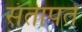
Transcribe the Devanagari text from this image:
संतापते